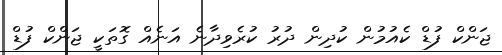
ޖަންކް ފުޑް ކެއުމުން ކުދިން ދުރު ކުރެވިދާނެ އަނެއް ގޮތަކީ ޖަންކް ފުޑް